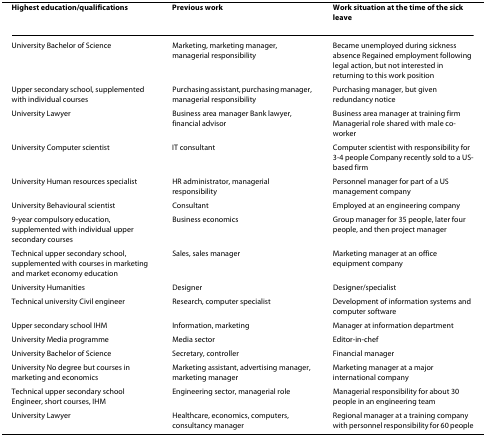
| Highest education/qualifications | Previous work | Work situation at the time of the sick leave |
 | --- | --- | --- |
 | University Bachelor of Science | Marketing, marketing manager, managerial responsibility | Became unemployed during sickness absence Regained employment following legal action, but not interested in returning to this work position |
 | Upper secondary school, supplemented with individual courses | Purchasing assistant, purchasing manager, managerial responsibility | Purchasing manager, but given redundancy notice |
 | University Lawyer | Business area manager Bank lawyer, financial advisor | Business area manager at training firm Managerial role shared with male co-worker |
 | University Computer scientist | IT consultant | Computer scientist with responsibility for 3-4 people Company recently sold to a US-based firm |
 | University Human resources specialist | HR administrator, managerial responsibility | Personnel manager for part of a US management company |
 | University Behavioural scientist | Consultant | Employed at an engineering company |
 | 9-year compulsory education, supplemented with individual upper secondary courses | Business economics | Group manager for 35 people, later four people, and then project manager |
 | Technical upper secondary school, supplemented with courses in marketing and market economy education | Sales, sales manager | Marketing manager at an office equipment company |
 | University Humanities | Designer | Designer/specialist |
 | Technical university Civil engineer | Research, computer specialist | Development of information systems and computer software |
 | Upper secondary school IHM | Information, marketing | Manager at information department |
 | University Media programme | Media sector | Editor-in-chef |
 | University Bachelor of Science | Secretary, controller | Financial manager |
 | University No degree but courses in marketing and economics | Marketing assistant, advertising manager, marketing manager | Marketing manager at a major international company |
 | Technical upper secondary school Engineer, short courses, IHM | Engineering sector, managerial role | Managerial responsibility for about 30 people in an engineering team |
 | University Lawyer | Healthcare, economics, computers, consultancy manager | Regional manager at a training company with personnel responsibility for 60 people |